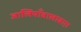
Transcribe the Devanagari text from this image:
जालियाँवालाबाग़